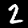
Digit: 2